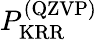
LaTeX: P_{\mathrm{KRR}}^{\mathrm{(QZVP)}}